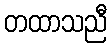
တထာသညီ